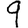
Digit: 9